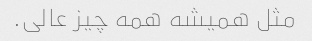
مثل همیشه همه چیز عالی.